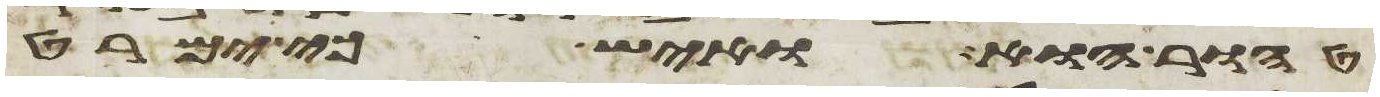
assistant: טהור הוא ואיש כי ימרט